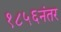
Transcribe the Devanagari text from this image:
१८५६नंतर